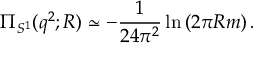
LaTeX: \Pi _ { S ^ { 1 } } ( q ^ { 2 } ; R ) \simeq - { \frac { 1 } { 2 4 \pi ^ { 2 } } } \ln \left( 2 \pi R m \right) .